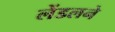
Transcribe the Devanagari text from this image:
लेंडलने